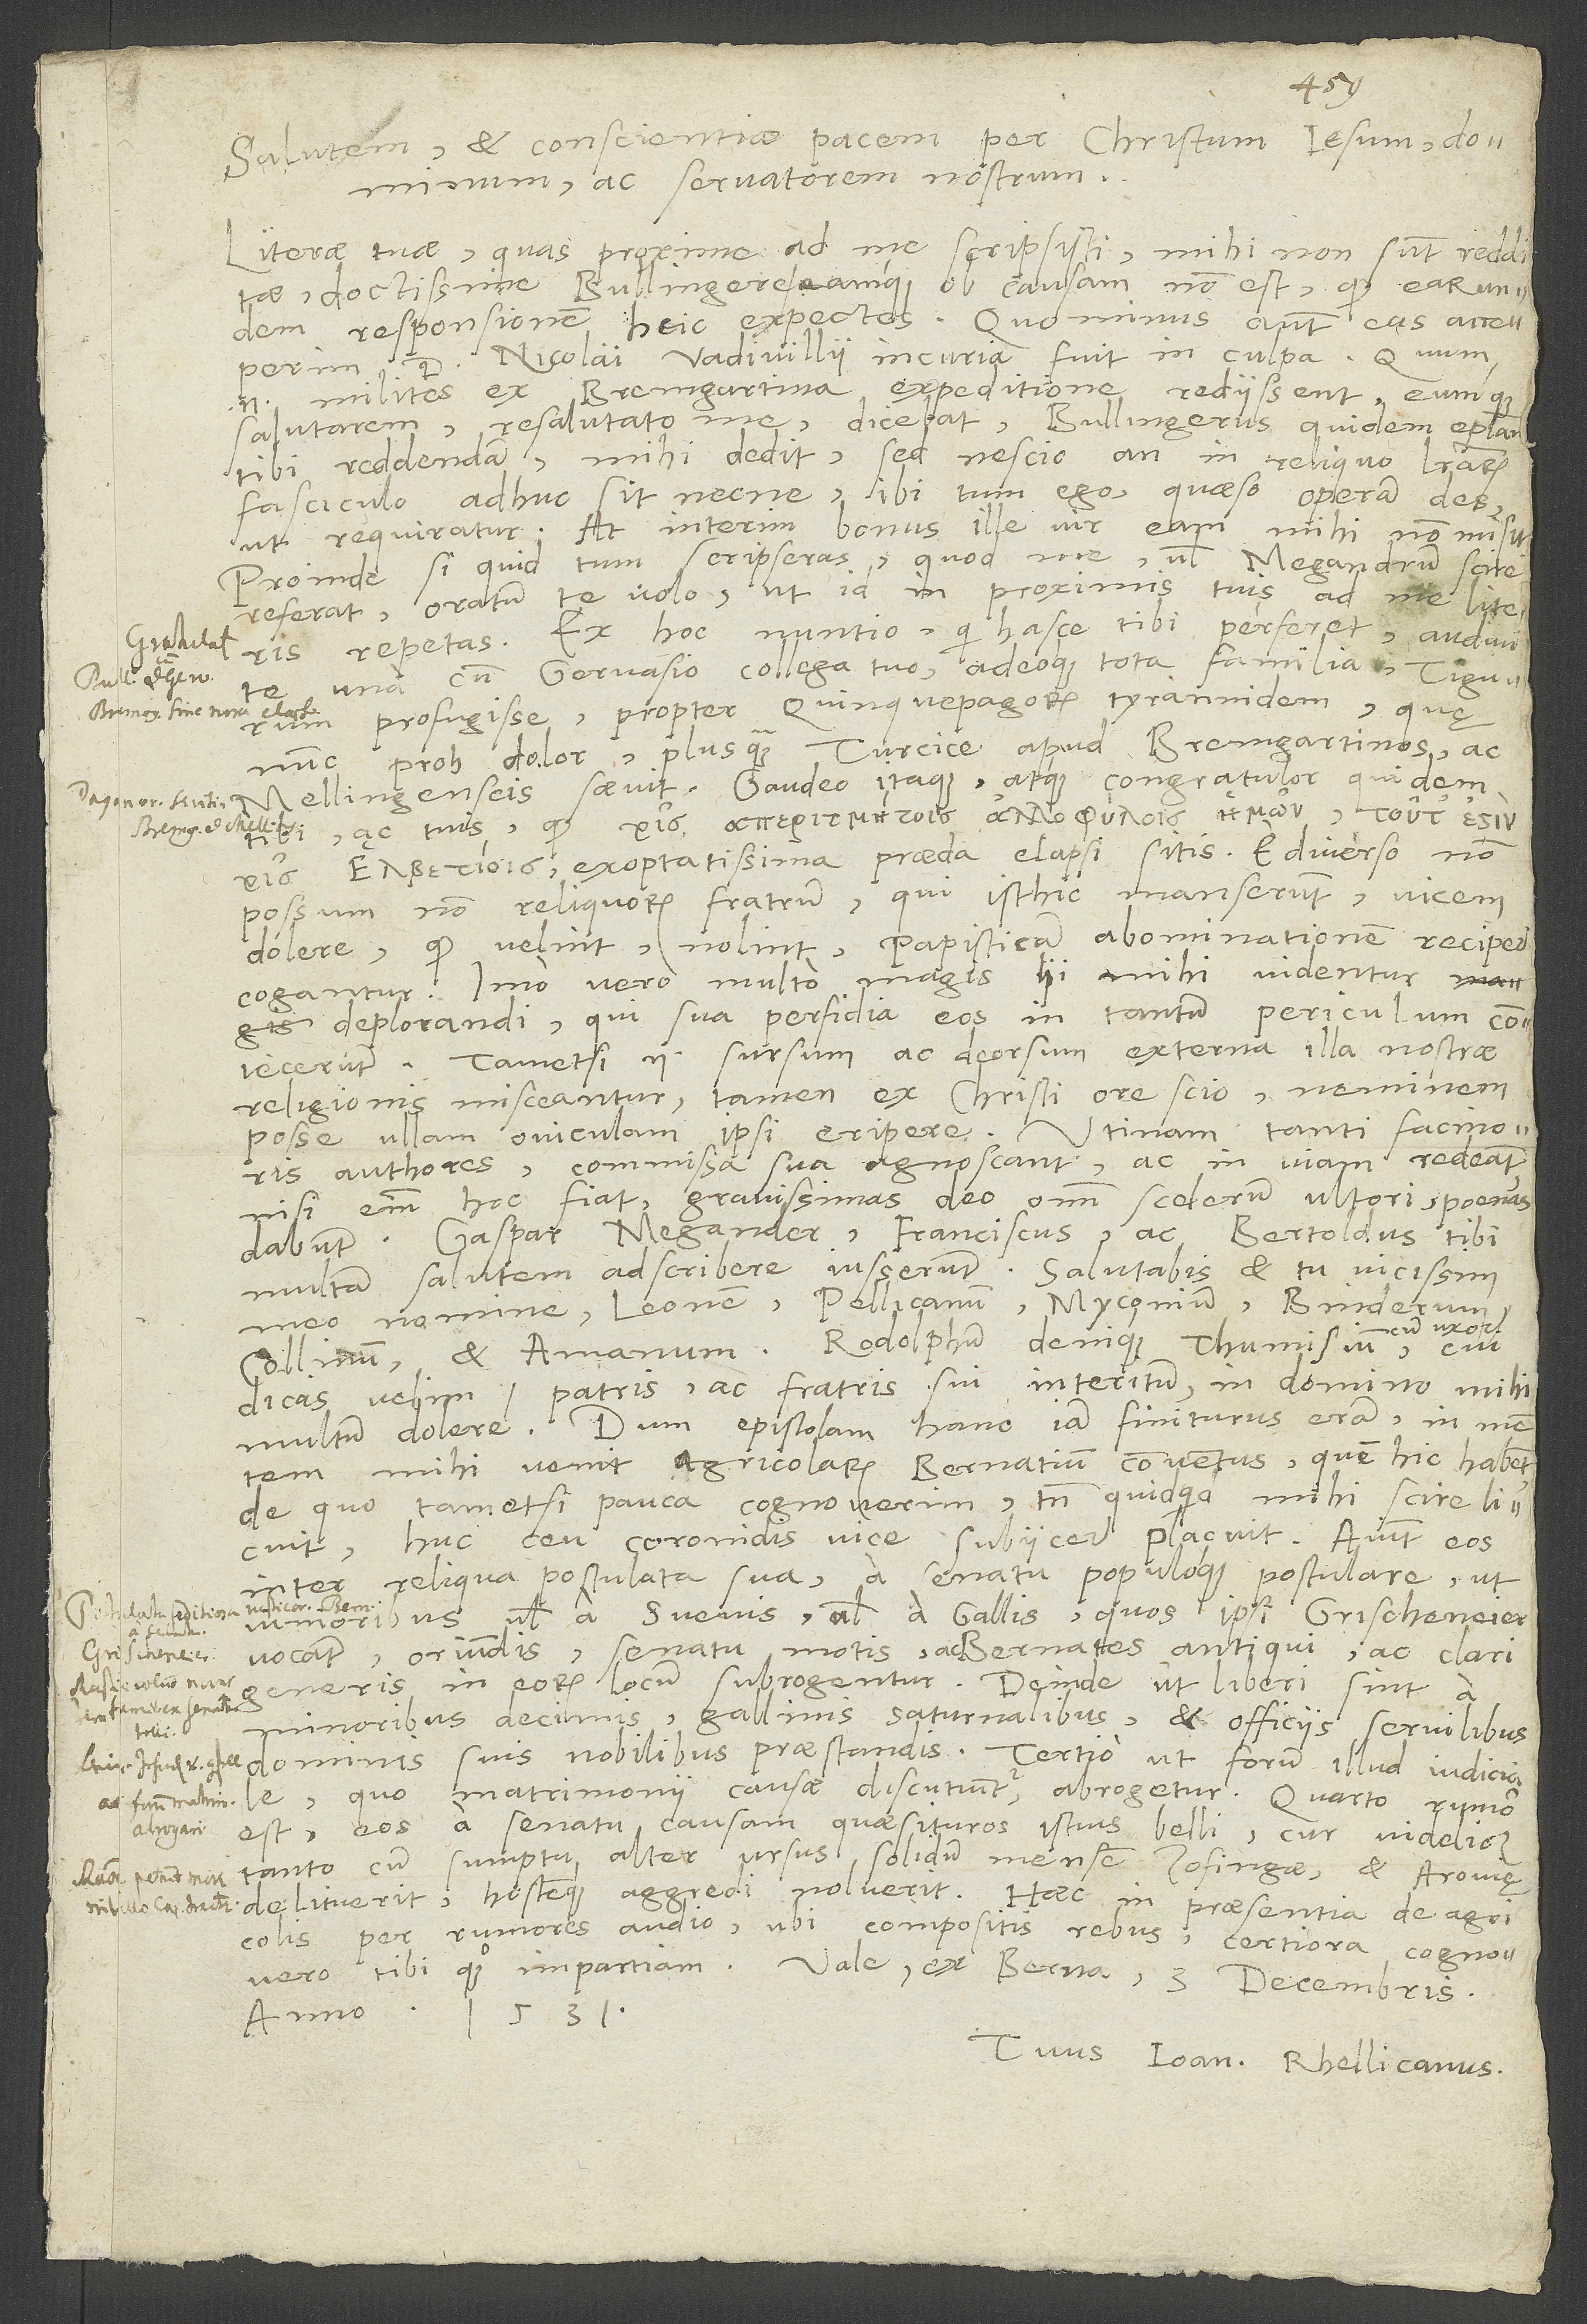
Salutem et conscientiae pacem per Christum Iesum, dominum
ac servatorem nostrum.
Literae tuae, quas proxime ad me scripsisti, mihi non sunt redditae,
doctissime Bullingere, eamque ob causam non est, quod earundem
responsionem heic expectes. Quominus autem eas acceperim,
D. Nicolai Vadivillii incuria fuit in culpa. Quum
enim milites ex Bremgartina expeditione rediissent eumque
salutarem, resalutato me dicebat: «Bullingerus quidem epistolam
tibi reddendam mihi dedit, sed nescio, an in reliquo literarum
fasciculo adhuc sit necne.» Ibi tum ego: «Quaeso, operam des,
ut requiratur.» At interim bonus ille vir eam mihi non misit.
Proinde, si quid tum scripseras, quod me vel Megandrum scire
referat, oratum te volo, ut id in proximis tuis ad me literis
repetas. Ex hoc nuntio, qui hasce tibi perferet, audivi
una cum Gervasio, collega tuo, adeoque tota familia Tigurum
profugisse propter Quinquepagorum tyrannidem, quę
nunc, proh dolor, plusquam turcice apud Bremgartinos ac
Mellingenseis saevit. Gaudeo itaque atque congratulor quidem
ac tuis, quod
exoptatissima praeda elapsi sitis. E diverso non
possum non reliquorum fratrum, qui isthic manserunt, vicem
dolere, quod velint-nolint papisticam abominationem recipere
cogantur. Imo vero multo magis hi mihi videntur
deplorandi, qui sua perfidia eos in tantum periculum coniecerunt.
Tametsi enim sursum ac deorsum externa illa nostrae
religionis misceantur, tamen ex Christi ore scio neminem
posse ullam oviculam ipsi eripere . Utinam tanti facinoris
authores commissa sua agnoscant ac in viam redeant;
nisi enim hoc fiat, gravissimas deo, omnium scelerum ultori, poenas
dabunt. Gaspar Megander, Franciscus ac Bertoldus tibi
multam salutem adscribere iusserunt. Salutabis et tu vicissim
meo nomine Leonem, Pellicanum, Myconium, Binderum,
Collinum et Amanum, Rodolphum denique Thumisium cum
dicas, velim, patris ac fratris sui interitum in domino mihi
multum dolere. Dum epistolam hanc iam finiturus eram, in mentem
mihi venit agricolarum Bernatium conventus, quem hic habent
de quo tametsi pauca cognoverim, tamen, quidquid mihi scire licuit,
huc ceu coronidis vice subiicere placuit. Aiunt eos
inter reliqua postulata sua a senatu populoque postulare, ut
iunioribus vel aSvevis vel a Gallis, quos ipsi Grischeneier
vocant, oriundis senatu motis ac Bernates antiqui ac clari
generis in eorum locum subrogentur, deinde ut liberi sint a
minoribus decimis gallinis saturnalibus et officiis servilibus
dominis suis nobilibus praestandis, tertio ut forum illud iudiciale,
quo matrimonii causae discutiuntur, abrogetur, quarto rumor
est eos a senatu causam quaesituros istius belli, cur videlicet
tanto cum sumptu alter ursus solidum mensem Zofingae et Arovię
delituerit hostemque aggredi noluerit. Haec in praesentia de agricolis
tibi quoque impartiam.
Vale. Ex Berna, 3. decembris
anno 1531
Tuus Joan. Rhellicanus.